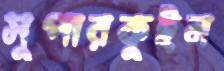
সুপারকুইন